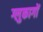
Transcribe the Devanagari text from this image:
ग्लुकागों